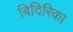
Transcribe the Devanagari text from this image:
बिदिरिका